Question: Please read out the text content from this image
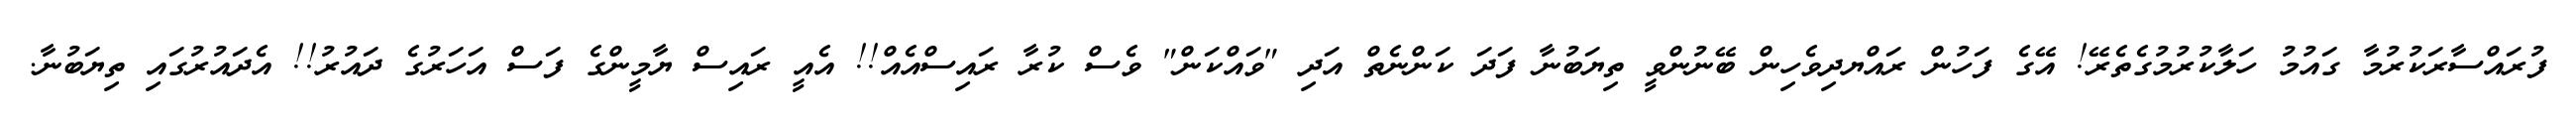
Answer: ފުރައްސާރަކުރުމާ ގައުމު ހަލާކުރުމުގެތެރޭ! އޭގެ ފަހުން ރައްޔދިވެހިން ބޭނުންވީ ތިޔަބުނާ ފަދަ ކަންނެތް އަދި "ވައްކަން" ވެސް ކުރާ ރައިސްއެއް!! އެއީ ރައިސް ޔާމީންގެ ފަސް އަހަރުގެ ދައުރު!! އެދައުރުގައި ތިޔަބުނާ.